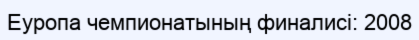
Еуропа чемпионатының финалисі: 2008